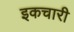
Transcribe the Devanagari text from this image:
इकचारी